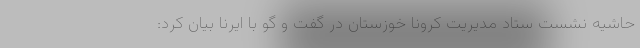
حاشیه نشست ستاد مدیریت کرونا خوزستان در گفت و گو با ایرنا بیان کرد: